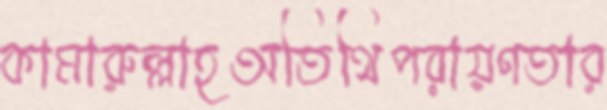
কামারুল্লাহঅতিথিপরায়ণতার